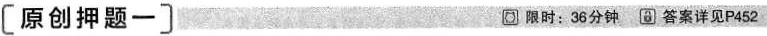
原创押题一〕 限时：36分钟，答案详见P452